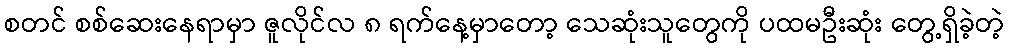
စတင် စစ်ဆေးနေရာမှာ ဇူလိုင်လ ၈ ရက်နေ့မှာတော့ သေဆုံးသူတွေကို ပထမဦးဆုံး တွေ့ရှိခဲ့တဲ့